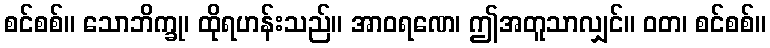
စင်စစ်။ သောဘိက္ခု၊ ထိုရဟန်းသည်။ အာဝရဏေ၊ ဤအတူသာလျှင်။ ဝတ၊ စင်စစ်။